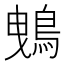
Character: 𪀕